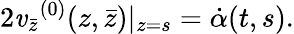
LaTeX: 2{\mathit{v}_{\bar{{z}}}}^{(0)}(z,\bar{{z}})|_{z=s}=\dot{{\alpha}}(t,s).